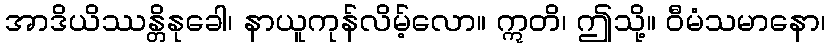
အာဒိယိဿန္တိနုခေါ၊ နာယူကုန်လိမ့်လော။ ဣတိ၊ ဤသို့။ ဝီမံသမာနော၊